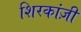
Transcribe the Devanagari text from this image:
शिरकांज़ी